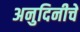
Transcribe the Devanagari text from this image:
अनुदिनीचे